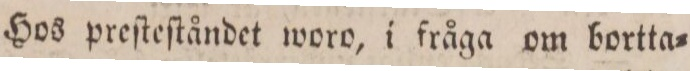
Hos preſteſtåndet woro, i fråga om bortta=